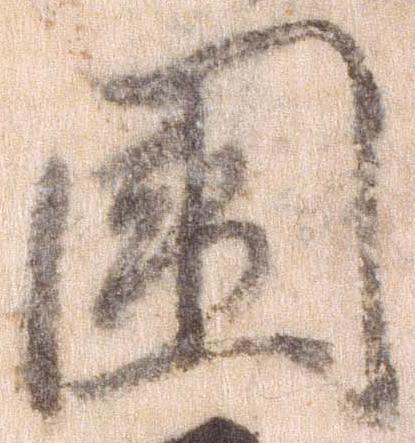
国